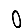
Digit: 0